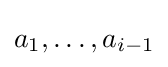
a_{1},\ldots ,a_{i-1}